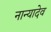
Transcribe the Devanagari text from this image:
नान्यादेव